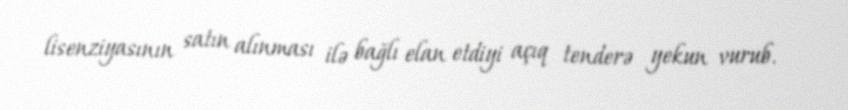
lisenziyasının satın alınması ilə bağlı elan etdiyi açıq tenderə yekun vurub.